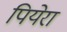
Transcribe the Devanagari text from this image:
पियेरा